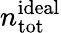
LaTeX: n_{\mathrm{tot}}^{\mathrm{ideal}}